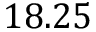
1 8 . 2 5